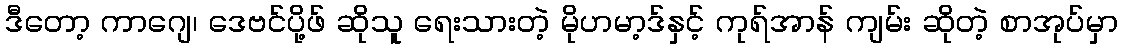
ဒီတော့ ကာဂျေ၊ ဒေဗင်ပို့ဖ် ဆိုသူ ရေးသားတဲ့ မိုဟမာ့ဒ်နှင့် ကုရ်အာန် ကျမ်း ဆိုတဲ့ စာအုပ်မှာ